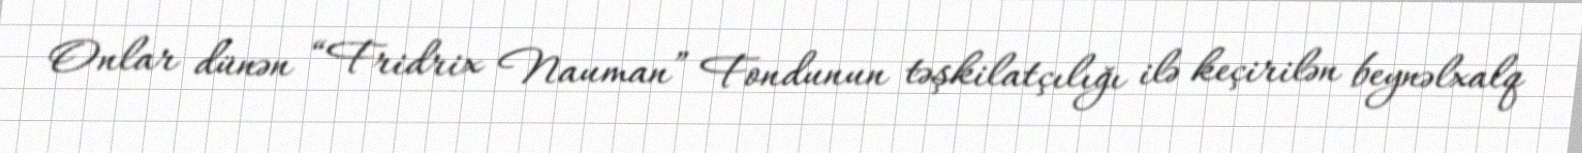
Onlar dünən “Fridrix Nauman” Fondunun təşkilatçılığı ilə keçirilən beynəlxalq